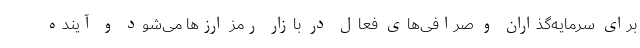
برای سرمایه‌گذاران و صرافی‌های فعال در بازار رمز ارزها می‌شود و آینده